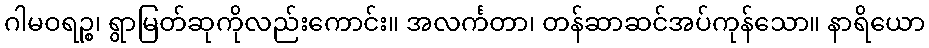
ဂါမဝရဉ္စ၊ ရွာမြတ်ဆုကိုလည်းကောင်း။ အလင်္ကတာ၊ တန်ဆာဆင်အပ်ကုန်သော။ နာရိယော